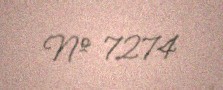
№ 7274